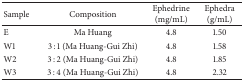
<table><thead><tr><td><b>Sample</b></td><td><b>Composition</b></td><td><b>Ephedrine (mg/mL)</b></td><td><b>Ephedra (g/mL)</b></td></tr></thead><tbody><tr><td>E</td><td>Ma Huang</td><td>4.8</td><td>1.50</td></tr><tr><td>W1</td><td>3 : 1 (Ma Huang-Gui Zhi)</td><td>4.8</td><td>1.58</td></tr><tr><td>W2</td><td>3 : 2 (Ma Huang-Gui Zhi)</td><td>4.8</td><td>1.85</td></tr><tr><td>W3</td><td>3 : 4 (Ma Huang-Gui Zhi)</td><td>4.8</td><td>2.32</td></tr></tbody></table>